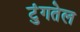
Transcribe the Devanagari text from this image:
टुंगतेल